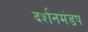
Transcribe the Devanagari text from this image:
दर्शनमंडप